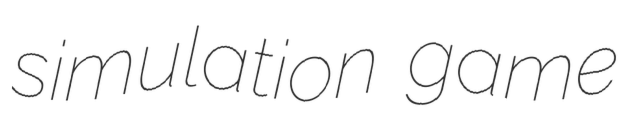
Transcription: simulation game